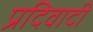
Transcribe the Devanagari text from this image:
प्रदिवादी